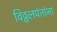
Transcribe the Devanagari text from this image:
विठ्ठलपंतांना